Annual administration and progress report of the Indian Medical Department, Bombay
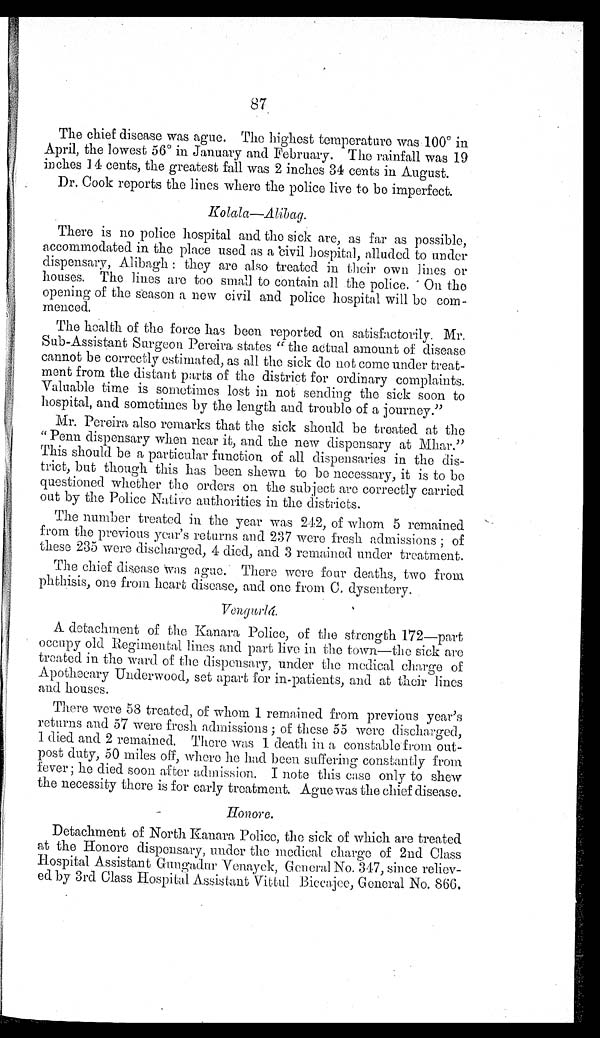
87
The chief disease was ague. The highest temperature was 100º in
April, the lowest 56º in January and February. The rainfall was 19
inches 14 cents, the greatest fall was 2 inches 34 cents in August.
Dr. Cook reports the lines where the police live to be imperfect.
Kolala—Alibag.
There is no police hospital and the sick are, as far as possible,
accommodated in the place used as a civil hospital, alluded to under
dispensary, Alibagh: they are also treated in their own lines or
houses. The lines are too small to contain all the police. On the
opening of the season a new civil and police hospital will be com-
menced.
The health of the force has been reported on satisfactorily. Mr.
Sub-Assistant Surgeon Pereira states "the actual amount of disease
cannot be correctly estimated, as all the sick do not come under treat-
ment from the distant parts of the district for ordinary complaints.
Valuable time is sometimes lost in not sending the sick soon to
hospital, and sometimes by the length and trouble of a journey."
Mr. Pereira also remarks that the sick should be treated at the
"Penn dispensary when near it, and the new dispensary at Mhar."
This should be a particular function of all dispensaries in the dis-
trict, but though this has been shewn to be necessary, it is to be
questioned whether the orders on the subject are correctly carried
out by the Police Native authorities in the districts.
The number treated in the year was 242, of whom 5 remained
from the previous year's returns and 237 were fresh admissions; of
these 235 were discharged, 4 died, and 3 remained under treatment.
The chief disease was ague. There were four deaths, two from
phthisis, one from heart disease, and one from C. dysentery.
Vengurlá.
A detachment of the Kanara Police, of the strength 172—part
occupy old Regimental lines and part live in the town—the sick are
treated in the ward of the dispensary, under the medical charge of
Apothecary Underwood, set apart for in-patients, and at their lines
and houses.
There were 58 treated, of whom 1 remained from previous year's
returns and 57 were fresh admissions; of these 55 were discharged,
1 died and 2 remained. There was 1 death in a constable from out-
post duty, 50 miles off, where he had been suffering constantly from
fever; he died soon after admission. I note this case only to show
the necessity there is for early treatment. Ague was the chief disease.
Honore.
Detachment of North Kanara Police, the sick of which are treated
at the Honore dispensary, under the medical charge of 2nd Class
Hospital Assistant Gungadur Venayek, General No. 347, since reliev-
ed by 3rd Class Hospital Assistant Vittul Biccajee, General No. 866.